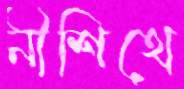
নীশিথে